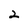
Character: 2